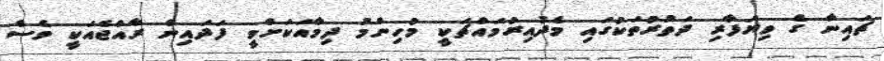
ޗައިނާ ގެ ވިޔަފާރި ދަތުރުތަކުގައި މެދުއިރުމައްޗަކީ މުހިންމު ދިމާއަކަށްވީ ފަދައިން ރާއްޖެއަކީ ވެސް